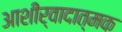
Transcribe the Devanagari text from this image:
आशीर्वादात्मक